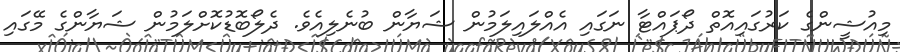
މިއުޝީންގެ ކަރުގައިއޮތް ދޯޕައްޓާ ނަގައި އެއްލައިލަމުން ޝަޔާން ބުނެލިއެވެ. ދެލޯބޮޑުކޮށްލަމުން ޝަޔާންގެ މޭގައި